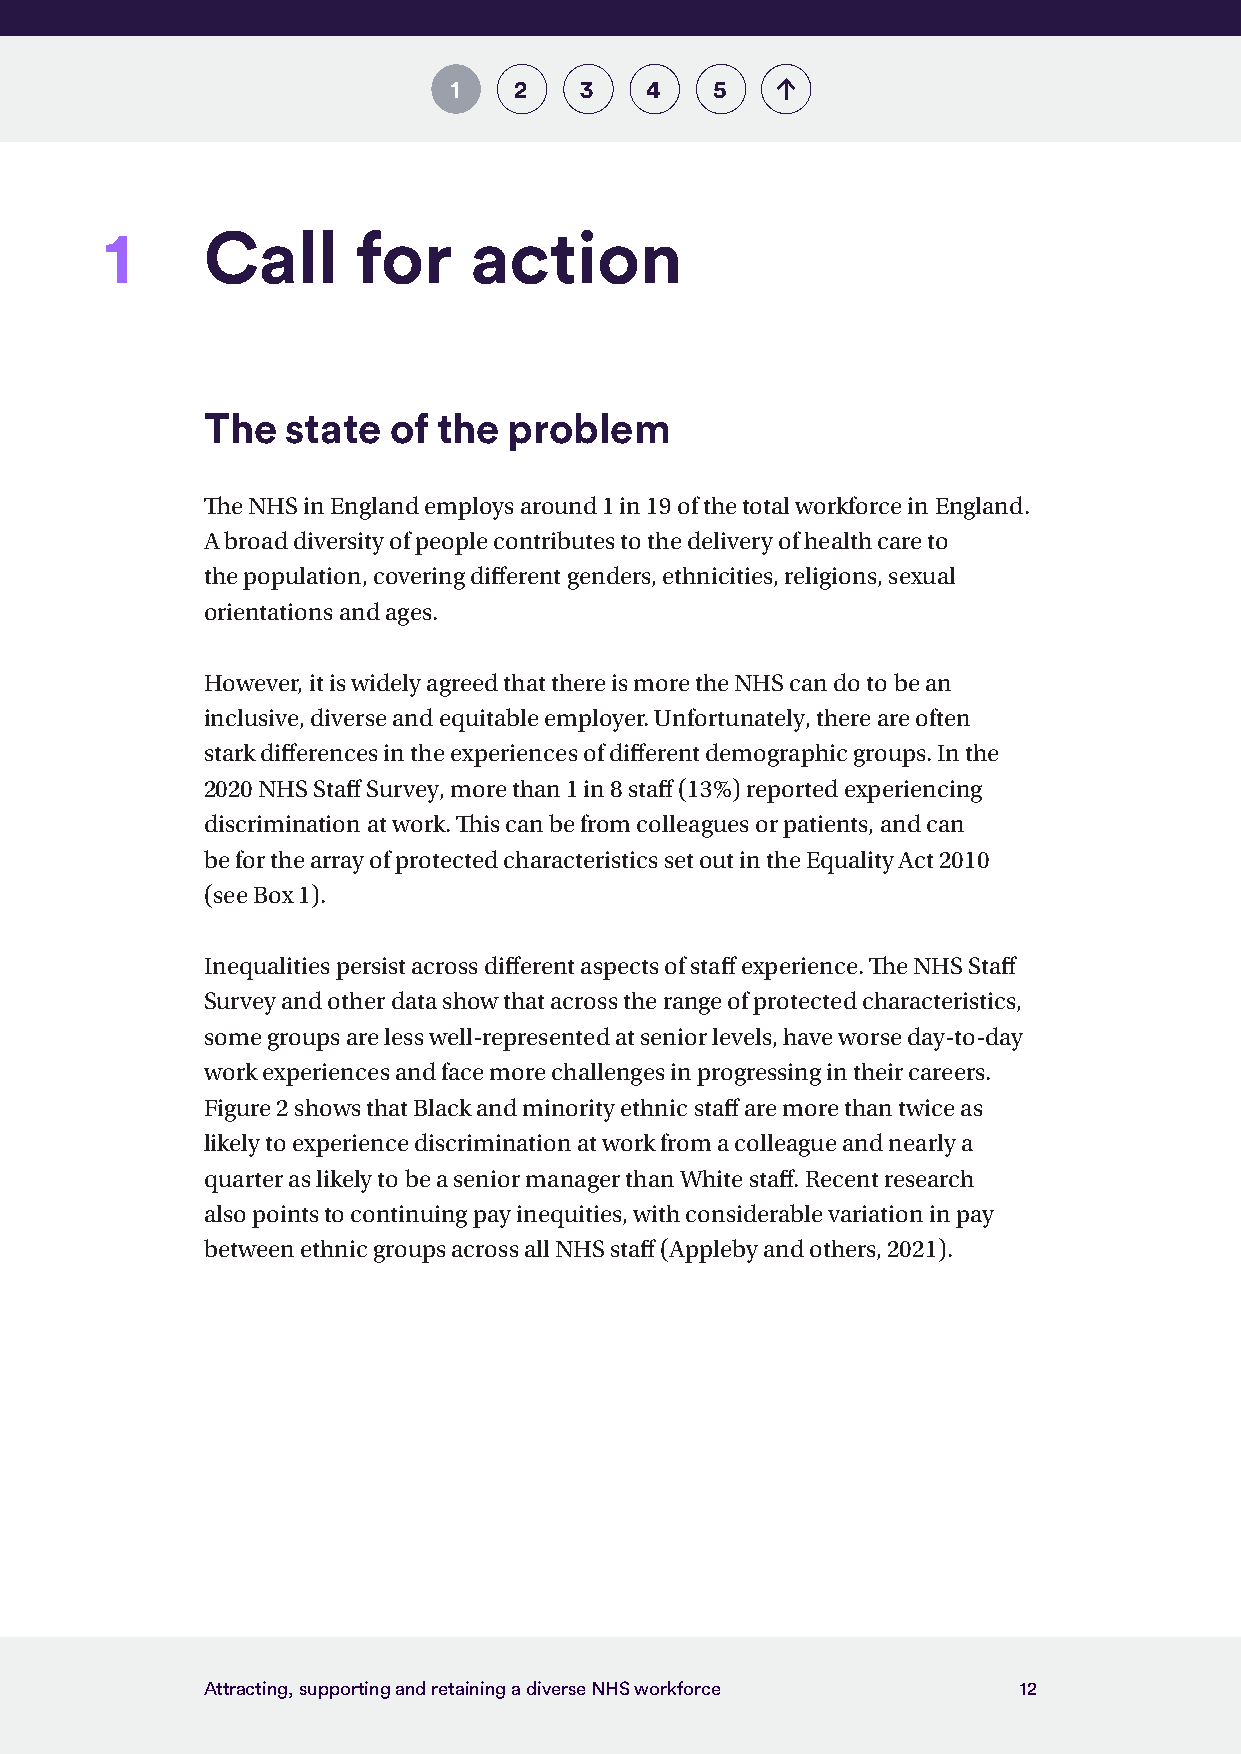
1   2   3    4   5
 1     Call       for    action
 The   state  of the  problem
 The NHS in England employs around 1 in 19 of the total workforce in England.
 A broad diversity of people contributes to the delivery of health care to
 the population, covering different genders, ethnicities, religions, sexual
 orientations and ages.
 However, it is widely agreed that there is more the NHS can do to be an
 inclusive, diverse and equitable employer. Unfortunately, there are often
 stark differences in the experiences of different demographic groups. In the
 2020 NHS Staff Survey, more than 1 in 8 staff (13%) reported experiencing
 discrimination at work. This can be from colleagues or patients, and can
 be for the array of protected characteristics set out in the Equality Act 2010
 (see Box 1).
 Inequalities persist across different aspects of staff experience. The NHS Staff
 Survey and other data show that across the range of protected characteristics,
 some groups are less well-represented at senior levels, have worse day-to-day
 work experiences and face more challenges in progressing in their careers.
 Figure 2 shows that Black and minority ethnic staff are more than twice as
 likely to experience discrimination at work from a colleague and nearly a
 quarter as likely to be a senior manager than White staff. Recent research
 also points to continuing pay inequities, with considerable variation in pay
 between ethnic groups across all NHS staff (Appleby and others, 2021).
 Attracting, supporting and retaining a diverse NHS workforce 12